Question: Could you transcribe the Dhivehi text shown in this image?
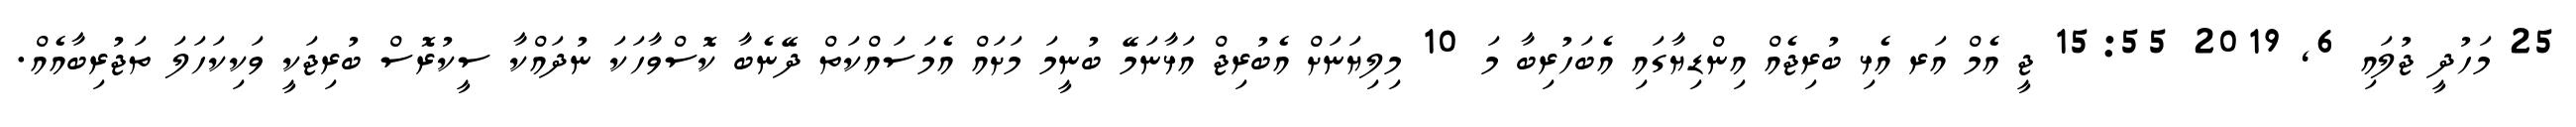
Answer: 25 މަހުދީ ޖުލައި 6, 2019 15:55 ޖީ އެމް އަރ އެޅި ބުރިޖެއް އިންޑިޔާގައި އެބަހުރިބާ މަ 10 މިލިޔަނަށް އެބުރިޖް އަޅާނަމޭ ބުނީމަ މަށައް އެމަސައްކަތް ދޭނެބާ ކޮސްވާހަކަ ނުދައްކާ ސީކުރޮސް ބުރިޖަކީ ވަކިކަހަލަ ތަޖުރިބާއެއް.